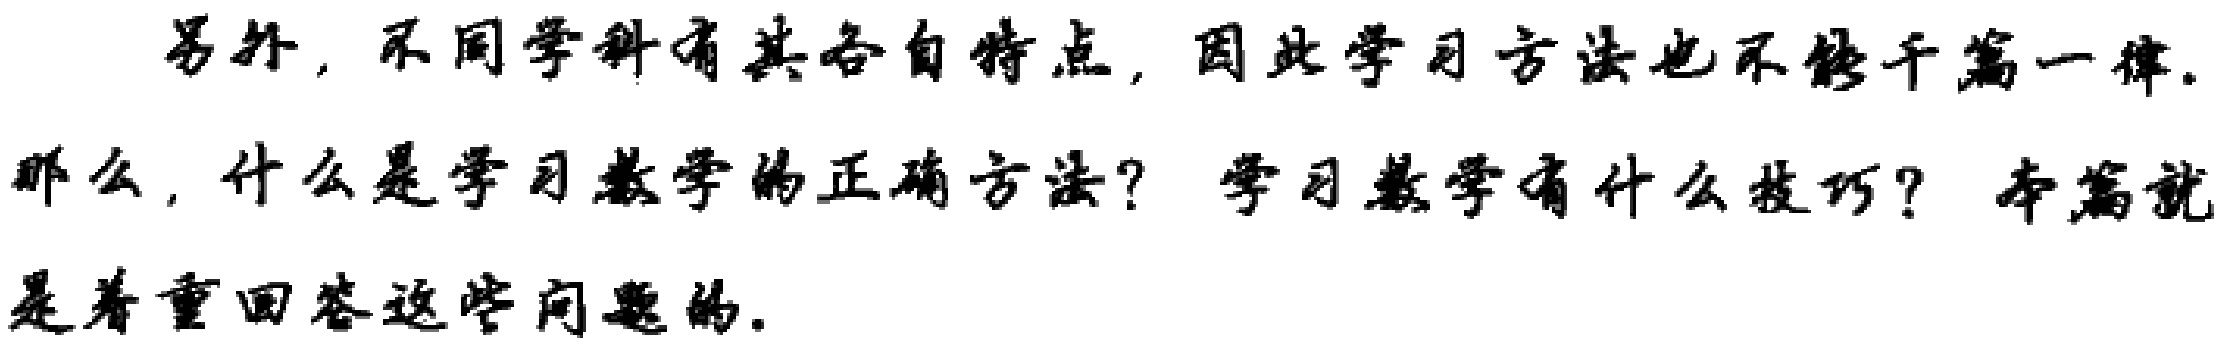
另外，不同学科有其各自特点，因此学习方法也不能千篇一律.

那么，什么是学习数学的正确方法？学习数学有什么技巧？本篇就

是着重回答这些问题的.